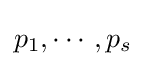
p_{1},\cdots ,p_{s}